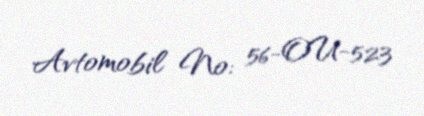
Avtomobil №: 56-OU-523